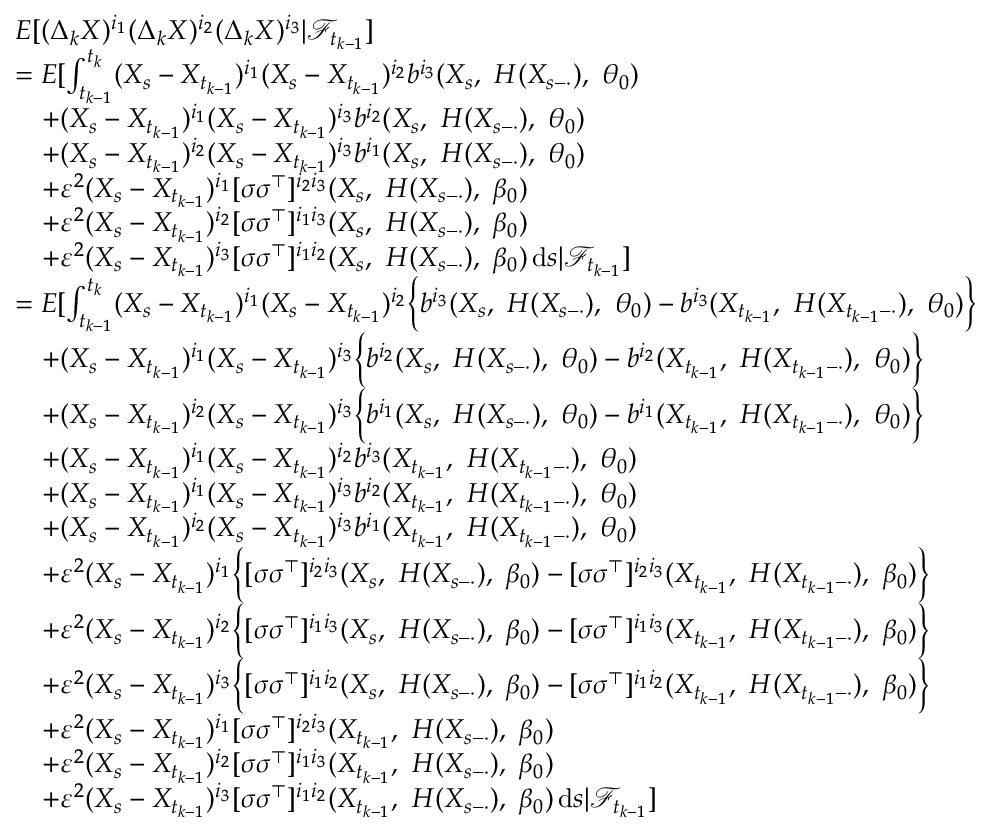
\begin{array} { r l } & { E [ ( \Delta _ { k } X ) ^ { i _ { 1 } } ( \Delta _ { k } X ) ^ { i _ { 2 } } ( \Delta _ { k } X ) ^ { i _ { 3 } } | \mathcal { F } _ { t _ { k - 1 } } ] } \\ & { = E [ \int _ { t _ { k - 1 } } ^ { t _ { k } } ( X _ { s } - X _ { t _ { k - 1 } } ) ^ { i _ { 1 } } ( X _ { s } - X _ { t _ { k - 1 } } ) ^ { i _ { 2 } } b ^ { i _ { 3 } } ( X _ { s } , ~ H ( X _ { s - \cdot } ) , ~ \theta _ { 0 } ) } \\ & { \quad + ( X _ { s } - X _ { t _ { k - 1 } } ) ^ { i _ { 1 } } ( X _ { s } - X _ { t _ { k - 1 } } ) ^ { i _ { 3 } } b ^ { i _ { 2 } } ( X _ { s } , ~ H ( X _ { s - \cdot } ) , ~ \theta _ { 0 } ) } \\ & { \quad + ( X _ { s } - X _ { t _ { k - 1 } } ) ^ { i _ { 2 } } ( X _ { s } - X _ { t _ { k - 1 } } ) ^ { i _ { 3 } } b ^ { i _ { 1 } } ( X _ { s } , ~ H ( X _ { s - \cdot } ) , ~ \theta _ { 0 } ) } \\ & { \quad + \varepsilon ^ { 2 } ( X _ { s } - X _ { t _ { k - 1 } } ) ^ { i _ { 1 } } [ \sigma \sigma ^ { \top } ] ^ { i _ { 2 } i _ { 3 } } ( X _ { s } , ~ H ( X _ { s - \cdot } ) , ~ \beta _ { 0 } ) } \\ & { \quad + \varepsilon ^ { 2 } ( X _ { s } - X _ { t _ { k - 1 } } ) ^ { i _ { 2 } } [ \sigma \sigma ^ { \top } ] ^ { i _ { 1 } i _ { 3 } } ( X _ { s } , ~ H ( X _ { s - \cdot } ) , ~ \beta _ { 0 } ) } \\ & { \quad + \varepsilon ^ { 2 } ( X _ { s } - X _ { t _ { k - 1 } } ) ^ { i _ { 3 } } [ \sigma \sigma ^ { \top } ] ^ { i _ { 1 } i _ { 2 } } ( X _ { s } , ~ H ( X _ { s - \cdot } ) , ~ \beta _ { 0 } ) \, \mathrm { d } s | \mathcal { F } _ { t _ { k - 1 } } ] } \\ & { = E [ \int _ { t _ { k - 1 } } ^ { t _ { k } } ( X _ { s } - X _ { t _ { k - 1 } } ) ^ { i _ { 1 } } ( X _ { s } - X _ { t _ { k - 1 } } ) ^ { i _ { 2 } } \Big \{ b ^ { i _ { 3 } } ( X _ { s } , ~ H ( X _ { s - \cdot } ) , ~ \theta _ { 0 } ) - b ^ { i _ { 3 } } ( X _ { t _ { k - 1 } } , ~ H ( X _ { t _ { k - 1 } - \cdot } ) , ~ \theta _ { 0 } ) \Big \} } \\ & { \quad + ( X _ { s } - X _ { t _ { k - 1 } } ) ^ { i _ { 1 } } ( X _ { s } - X _ { t _ { k - 1 } } ) ^ { i _ { 3 } } \Big \{ b ^ { i _ { 2 } } ( X _ { s } , ~ H ( X _ { s - \cdot } ) , ~ \theta _ { 0 } ) - b ^ { i _ { 2 } } ( X _ { t _ { k - 1 } } , ~ H ( X _ { t _ { k - 1 } - \cdot } ) , ~ \theta _ { 0 } ) \Big \} } \\ & { \quad + ( X _ { s } - X _ { t _ { k - 1 } } ) ^ { i _ { 2 } } ( X _ { s } - X _ { t _ { k - 1 } } ) ^ { i _ { 3 } } \Big \{ b ^ { i _ { 1 } } ( X _ { s } , ~ H ( X _ { s - \cdot } ) , ~ \theta _ { 0 } ) - b ^ { i _ { 1 } } ( X _ { t _ { k - 1 } } , ~ H ( X _ { t _ { k - 1 } - \cdot } ) , ~ \theta _ { 0 } ) \Big \} } \\ & { \quad + ( X _ { s } - X _ { t _ { k - 1 } } ) ^ { i _ { 1 } } ( X _ { s } - X _ { t _ { k - 1 } } ) ^ { i _ { 2 } } b ^ { i _ { 3 } } ( X _ { t _ { k - 1 } } , ~ H ( X _ { t _ { k - 1 } - \cdot } ) , ~ \theta _ { 0 } ) } \\ & { \quad + ( X _ { s } - X _ { t _ { k - 1 } } ) ^ { i _ { 1 } } ( X _ { s } - X _ { t _ { k - 1 } } ) ^ { i _ { 3 } } b ^ { i _ { 2 } } ( X _ { t _ { k - 1 } } , ~ H ( X _ { t _ { k - 1 } - \cdot } ) , ~ \theta _ { 0 } ) } \\ & { \quad + ( X _ { s } - X _ { t _ { k - 1 } } ) ^ { i _ { 2 } } ( X _ { s } - X _ { t _ { k - 1 } } ) ^ { i _ { 3 } } b ^ { i _ { 1 } } ( X _ { t _ { k - 1 } } , ~ H ( X _ { t _ { k - 1 } - \cdot } ) , ~ \theta _ { 0 } ) } \\ & { \quad + \varepsilon ^ { 2 } ( X _ { s } - X _ { t _ { k - 1 } } ) ^ { i _ { 1 } } \Big \{ [ \sigma \sigma ^ { \top } ] ^ { i _ { 2 } i _ { 3 } } ( X _ { s } , ~ H ( X _ { s - \cdot } ) , ~ \beta _ { 0 } ) - [ \sigma \sigma ^ { \top } ] ^ { i _ { 2 } i _ { 3 } } ( X _ { t _ { k - 1 } } , ~ H ( X _ { t _ { k - 1 } - \cdot } ) , ~ \beta _ { 0 } ) \Big \} } \\ & { \quad + \varepsilon ^ { 2 } ( X _ { s } - X _ { t _ { k - 1 } } ) ^ { i _ { 2 } } \Big \{ [ \sigma \sigma ^ { \top } ] ^ { i _ { 1 } i _ { 3 } } ( X _ { s } , ~ H ( X _ { s - \cdot } ) , ~ \beta _ { 0 } ) - [ \sigma \sigma ^ { \top } ] ^ { i _ { 1 } i _ { 3 } } ( X _ { t _ { k - 1 } } , ~ H ( X _ { t _ { k - 1 } - \cdot } ) , ~ \beta _ { 0 } ) \Big \} } \\ & { \quad + \varepsilon ^ { 2 } ( X _ { s } - X _ { t _ { k - 1 } } ) ^ { i _ { 3 } } \Big \{ [ \sigma \sigma ^ { \top } ] ^ { i _ { 1 } i _ { 2 } } ( X _ { s } , ~ H ( X _ { s - \cdot } ) , ~ \beta _ { 0 } ) - [ \sigma \sigma ^ { \top } ] ^ { i _ { 1 } i _ { 2 } } ( X _ { t _ { k - 1 } } , ~ H ( X _ { t _ { k - 1 } - \cdot } ) , ~ \beta _ { 0 } ) \Big \} } \\ & { \quad + \varepsilon ^ { 2 } ( X _ { s } - X _ { t _ { k - 1 } } ) ^ { i _ { 1 } } [ \sigma \sigma ^ { \top } ] ^ { i _ { 2 } i _ { 3 } } ( X _ { t _ { k - 1 } } , ~ H ( X _ { s - \cdot } ) , ~ \beta _ { 0 } ) } \\ & { \quad + \varepsilon ^ { 2 } ( X _ { s } - X _ { t _ { k - 1 } } ) ^ { i _ { 2 } } [ \sigma \sigma ^ { \top } ] ^ { i _ { 1 } i _ { 3 } } ( X _ { t _ { k - 1 } } , ~ H ( X _ { s - \cdot } ) , ~ \beta _ { 0 } ) } \\ & { \quad + \varepsilon ^ { 2 } ( X _ { s } - X _ { t _ { k - 1 } } ) ^ { i _ { 3 } } [ \sigma \sigma ^ { \top } ] ^ { i _ { 1 } i _ { 2 } } ( X _ { t _ { k - 1 } } , ~ H ( X _ { s - \cdot } ) , ~ \beta _ { 0 } ) \, \mathrm { d } s | \mathcal { F } _ { t _ { k - 1 } } ] } \end{array}